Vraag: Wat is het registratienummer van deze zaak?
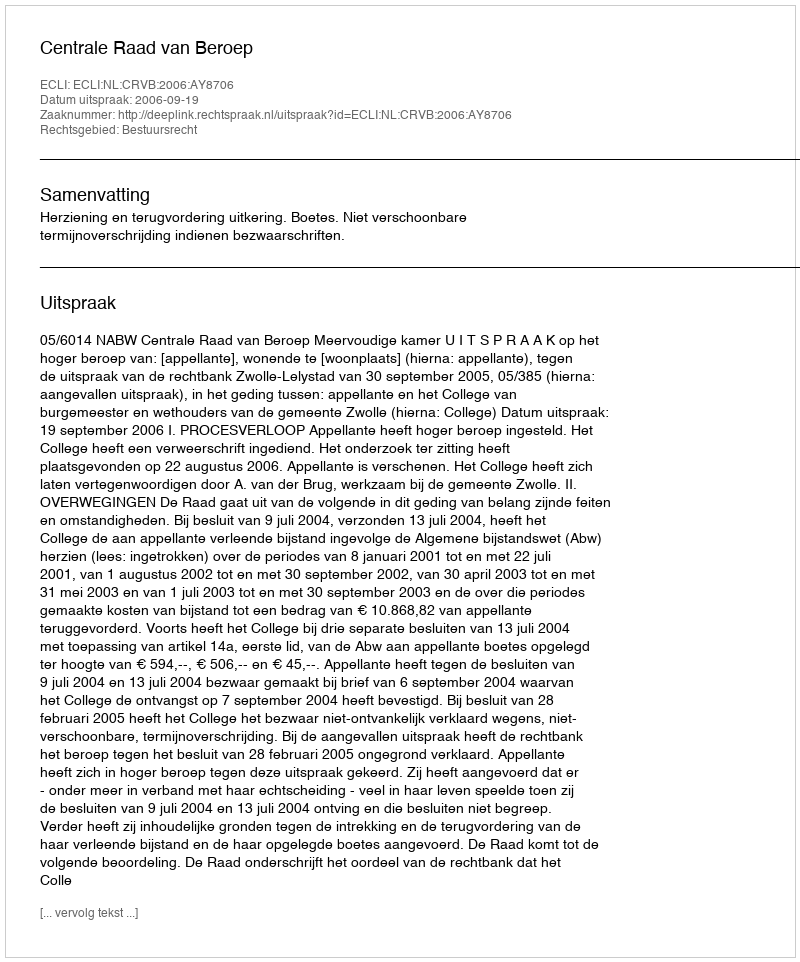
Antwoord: http://deeplink.rechtspraak.nl/uitspraak?id=ECLI:NL:CRVB:2006:AY8706